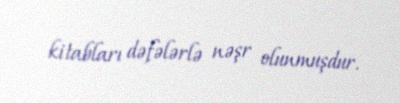
kitabları dəfələrlə nəşr olunmuşdur.